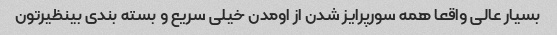
بسیار عالی واقعا همه سورپرایز شدن از اومدن خیلی سریع و بسته بندی بینظیرتون